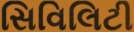
સિવિલિટી